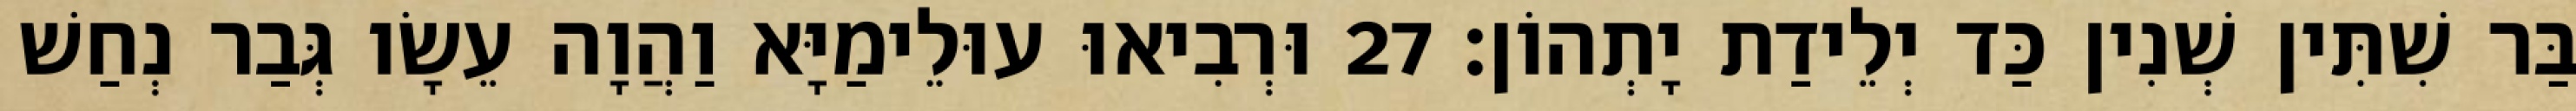
בַּר שִׁתִּין שְׁנִין כַּד יְלֵידַת יָתְהוֹן׃ 27 וּרְבִיאוּ עוּלֵימַיָּא וַהֲוָה עֵשָׂו גְּבַר נְחַשׁ